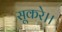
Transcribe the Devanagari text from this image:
सूकरे।।